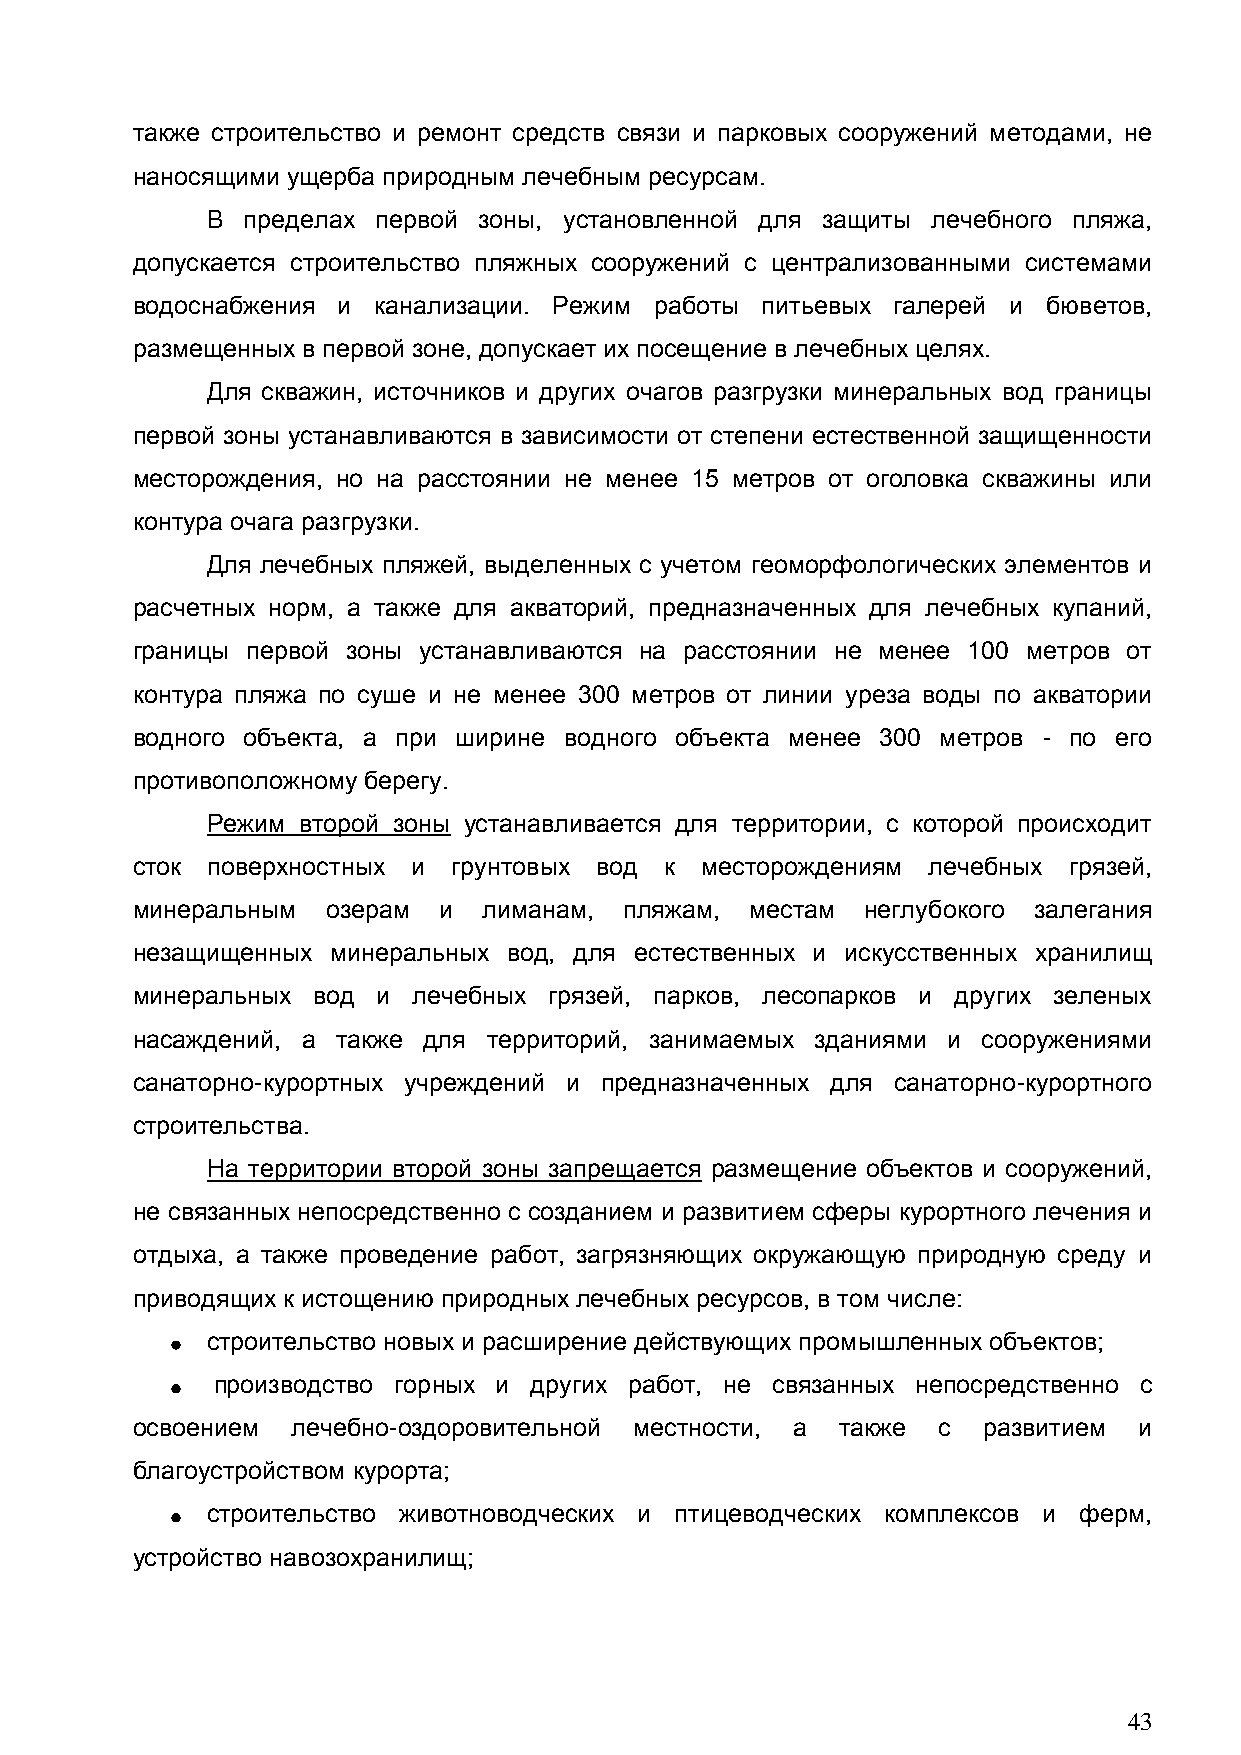
также строительство и ремонт средств связи и парковых сооружений методами, не
 наносящими ущерба природным лечебным ресурсам.
 В пределах первой зоны, установленной для защиты лечебного пляжа,
 допускается строительство пляжных сооружений с централизованными системами
 водоснабжения и канализации. Режим работы питьевых галерей и бюветов,
 размещенных в первой зоне, допускает их посещение в лечебных целях.
 Для скважин, источников и других очагов разгрузки минеральных вод границы
 первой зоны устанавливаются в зависимости от степени естественной защищенности
 месторождения, но на расстоянии не менее 15 метров от оголовка скважины или
 контура очага разгрузки.
 Для лечебных пляжей, выделенных с учетом геоморфологических элементов и
 расчетных норм, а также для акваторий, предназначенных для лечебных купаний,
 границы первой зоны устанавливаются на расстоянии не менее 100 метров от
 контура пляжа по суше и не менее 300 метров от линии уреза воды по акватории
 водного объекта, а при ширине водного объекта менее 300 метров - по его
 противоположному берегу.
 Режим второй зоны устанавливается для территории, с которой происходит
 сток поверхностных и грунтовых вод к месторождениям лечебных  грязей,
 минеральным  озерам и  лиманам, пляжам,  местам неглубокого залегания
 незащищенных минеральных вод, для естественных и искусственных хранилищ
 минеральных вод и лечебных грязей, парков, лесопарков и других зеленых
 насаждений, а также для территорий, занимаемых зданиями и сооружениями
 санаторно-курортных учреждений и предназначенных для санаторно-курортного
 строительства.
 На территории второй зоны запрещается размещение объектов и сооружений,
 не связанных непосредственно с созданием и развитием сферы курортного лечения и
 отдыха, а также проведение работ, загрязняющих окружающую природную среду и
 приводящих к истощению природных лечебных ресурсов, в том числе:
 строительство новых и расширение действующих промышленных объектов;
 производство горных и других работ, не связанных непосредственно с
 освоением лечебно-оздоровительной местности, а также с  развитием и
 благоустройством курорта;
 строительство животноводческих и птицеводческих комплексов и ферм,
 устройство навозохранилищ;
 43